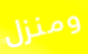
ومنزل